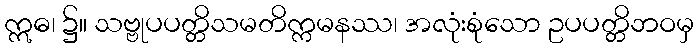
ဣဓ၊ ၌။ သဗ္ဗုပပတ္တိသမတိက္ကမနဿ၊ အလုံးစုံသော ဥပပတ္တိဘဝမှ